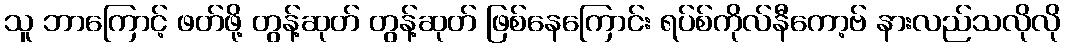
သူ ဘာကြောင့် ဖတ်ဖို့ တွန့်ဆုတ် တွန့်ဆုတ် ဖြစ်နေကြောင်း ရပ်စ်ကိုလ်နီကော့ဗ် နားလည်သလိုလို